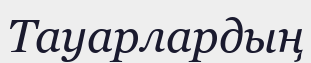
Тауарлардың